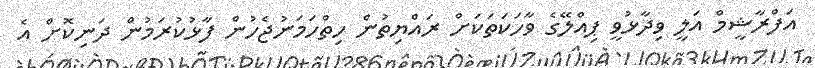
އަފްރާޝީމް އަލީ ވިދާޅުވީ ޕިއްލޭގެ ވާހަކަތަކަށް ރައްޔިތުން ހިތްހަމަނުޖެހުން ފާޅުކުރަމުން ދަނިކޮށް އެ